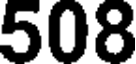
508